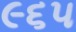
૯૬૫